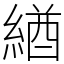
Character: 緧